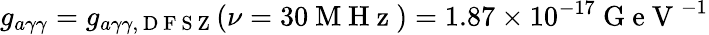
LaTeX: g_{a\gamma\gamma}=g_{a\gamma\gamma,\mathrm{~D~F~S~Z~}}(\nu=30\mathrm{~M~H~z~})=1.87\times 10^{-17}\mathrm{~G~e~V~}^{-1}